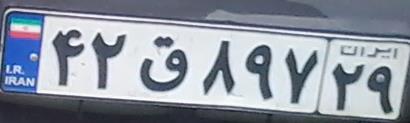
۴۲ق۸۹۷۲۹